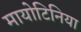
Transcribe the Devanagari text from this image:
मायोटिनिया